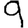
Digit: 9